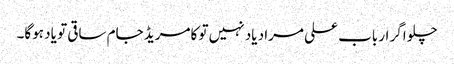
چلو اگر ارباب علی مراد یاد نہیں تو کامریڈ جام ساقی تو یاد ہوگا۔